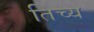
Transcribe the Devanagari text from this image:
तिच्य